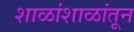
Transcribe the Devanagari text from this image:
शाळांशाळांतून